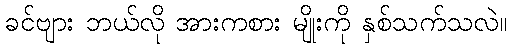
ခင်ဗျား ဘယ်လို အားကစား မျိုးကို နှစ်သက်သလဲ။